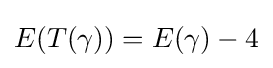
E(T(\gamma ))=E(\gamma )-4